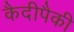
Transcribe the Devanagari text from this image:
कैदीपैकी